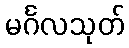
မင်္ဂလသုတ်